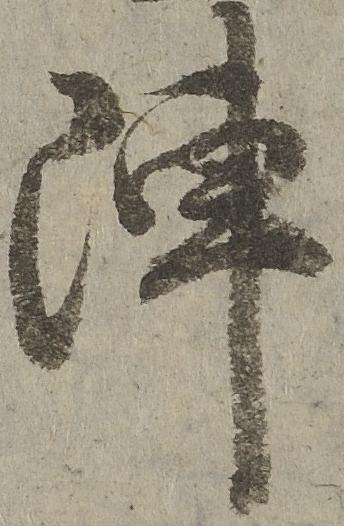
陣